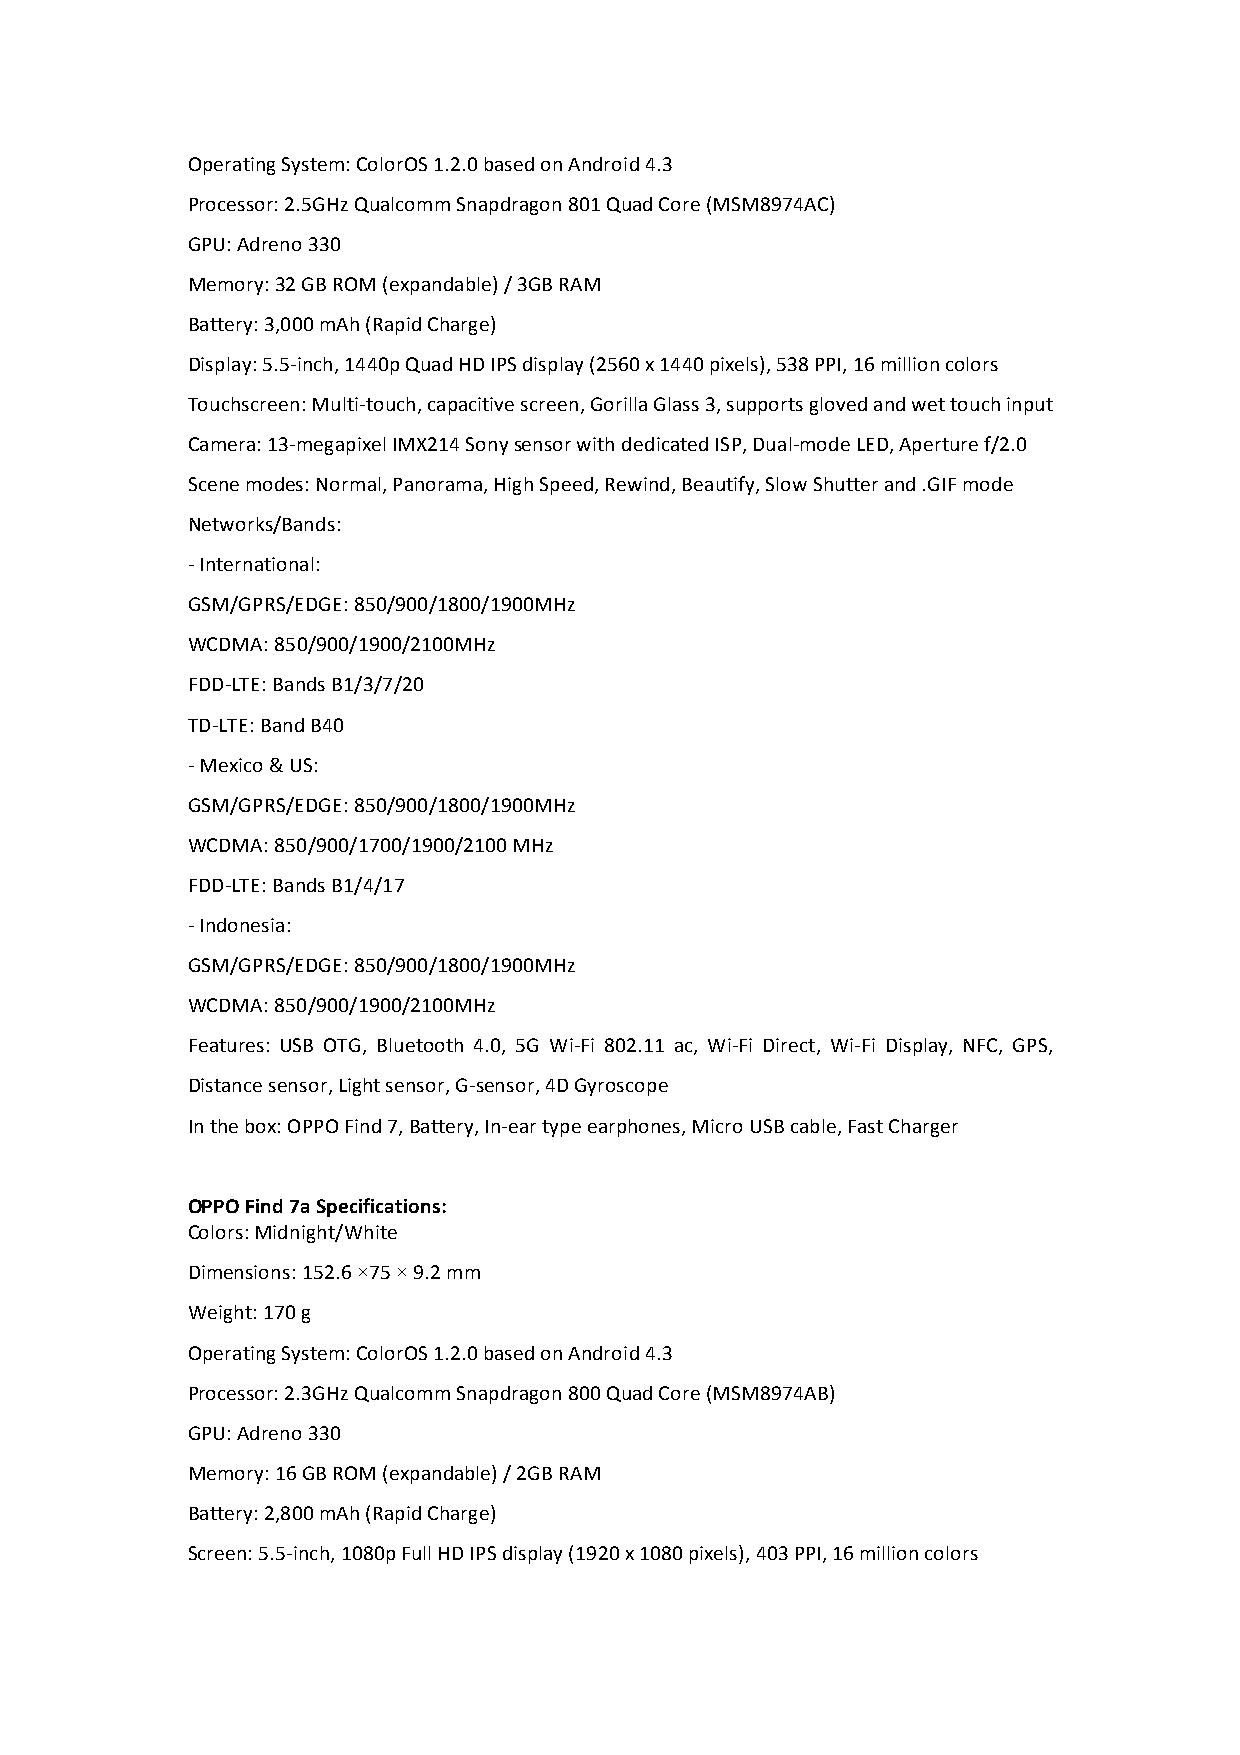
Operating System: ColorOS 1.2.0 based on Android 4.3
 Processor: 2.5GHz Qualcomm Snapdragon 801 Quad Core (MSM8974AC)
 GPU: Adreno 330
 Memory: 32 GB ROM (expandable) / 3GB RAM
 Battery: 3,000 mAh (Rapid Charge)
 Display: 5.5-­‐inch, 1440p Quad HD IPS display (2560 x 1440 pixels), 538 PPI, 16 million colors
 Touchscreen: Multi-­‐touch, capacitive screen, Gorilla Glass 3, supports gloved and wet touch input
 Camera: 13-­‐megapixel IMX214 Sony sensor with dedicated ISP, Dual-­‐mode LED, Aperture f/2.0
 Scene modes: Normal, Panorama, High Speed, Rewind, Beautify, Slow Shutter and .GIF mode
 Networks/Bands:
 -­‐ International:
 GSM/GPRS/EDGE: 850/900/1800/1900MHz
 WCDMA: 850/900/1900/2100MHz
 FDD-­‐LTE: Bands B1/3/7/20
 TD-­‐LTE: Band B40
 -­‐ Mexico & US:
 GSM/GPRS/EDGE: 850/900/1800/1900MHz
 WCDMA: 850/900/1700/1900/2100 MHz
 FDD-­‐LTE: Bands B1/4/17
 -­‐ Indonesia:
 GSM/GPRS/EDGE: 850/900/1800/1900MHz
 WCDMA: 850/900/1900/2100MHz
 Features: USB OTG, Bluetooth 4.0, 5G Wi-­‐Fi 802.11 ac, Wi-­‐Fi Direct, Wi-­‐Fi Display, NFC, GPS,
 Distance sensor, Light sensor, G-­‐sensor, 4D Gyroscope
 In the box: OPPO Find 7, Battery, In-­‐ear type earphones, Micro USB cable, Fast Charger
 OPPO Find 7a Specifications:
 Colors: Midnight/White
 Dimensions: 152.6 ×75 × 9.2 mm
 Weight: 170 g
 Operating System: ColorOS 1.2.0 based on Android 4.3
 Processor: 2.3GHz Qualcomm Snapdragon 800 Quad Core (MSM8974AB)
 GPU: Adreno 330
 Memory: 16 GB ROM (expandable) / 2GB RAM
 Battery: 2,800 mAh (Rapid Charge)
 Screen: 5.5-­‐inch, 1080p Full HD IPS display (1920 x 1080 pixels), 403 PPI, 16 million colors